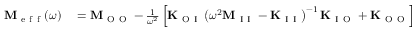
\begin{array} { r l } { \mathbf { M } _ { \mathrm { ~ e ~ f ~ f ~ } } ( \omega ) } & { { } = \mathbf { M } _ { \mathrm { ~ O ~ O ~ } } - \frac { 1 } { \omega ^ { 2 } } \left[ \mathbf { K } _ { \mathrm { ~ O ~ I ~ } } \left( \omega ^ { 2 } \mathbf { M } _ { \mathrm { ~ I ~ I ~ } } - \mathbf { K } _ { \mathrm { ~ I ~ I ~ } } \right) ^ { - 1 } \mathbf { K } _ { \mathrm { ~ I ~ O ~ } } + \mathbf { K } _ { \mathrm { ~ O ~ O ~ } } \right] } \end{array}